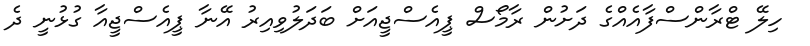
ހިލޭ ޓްރާންސްފާއެއްގެ ދަށުން ރާމޯސް ޕީއެސްޖީއަށް ބަދަލުވިއިރު އޭނާ ޕީއެސްޖީއާ ގުޅުނީ ދެ